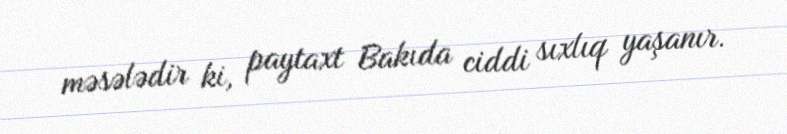
məsələdir ki, paytaxt Bakıda ciddi sıxlıq yaşanır.